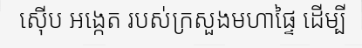
ស៊ើប អង្កេត របស់ក្រសួងមហាផ្ទៃ ដើម្បី